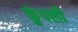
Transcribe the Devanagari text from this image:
कुंपली